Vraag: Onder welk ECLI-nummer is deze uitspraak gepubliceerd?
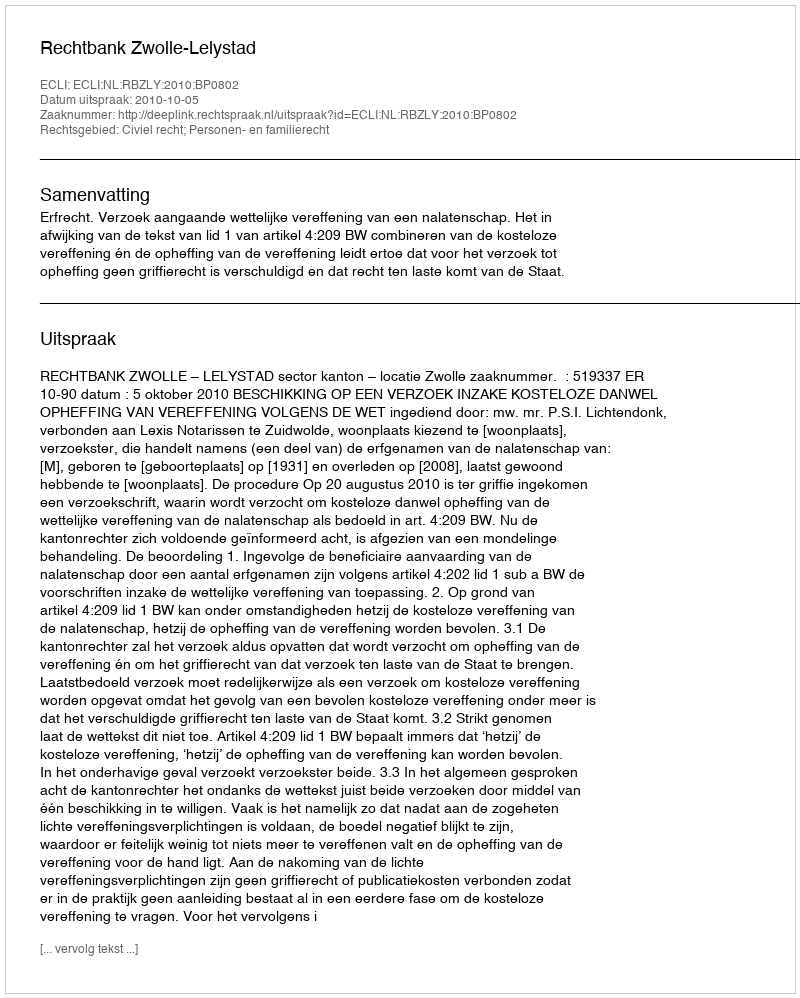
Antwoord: ECLI:NL:RBZLY:2010:BP0802